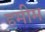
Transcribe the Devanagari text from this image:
हमीम